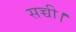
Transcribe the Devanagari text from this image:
सच्ची।